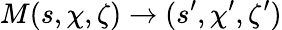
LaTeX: M(s,\chi,\zeta)\rightarrow(s^{\prime},\chi^{\prime},\zeta^{\prime})